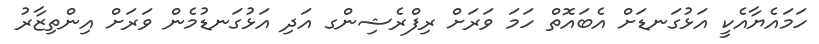
ހަމައެޔާއެކީ އަޅުގަނޑަށް އެބައޮތް ހަމަ ވަރަށް ރިފްރެޝިންގ އަދި އަޅުގަނޑުމެން ވަރަށް އިންތިޒާރު